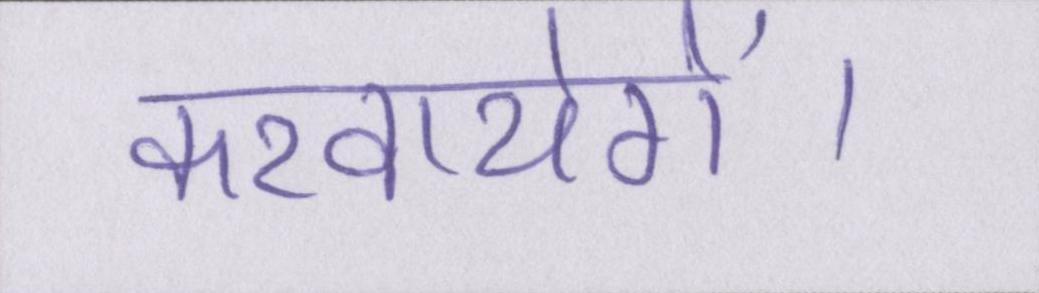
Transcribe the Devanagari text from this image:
करवायेगें।